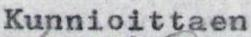
Kunnioittaen